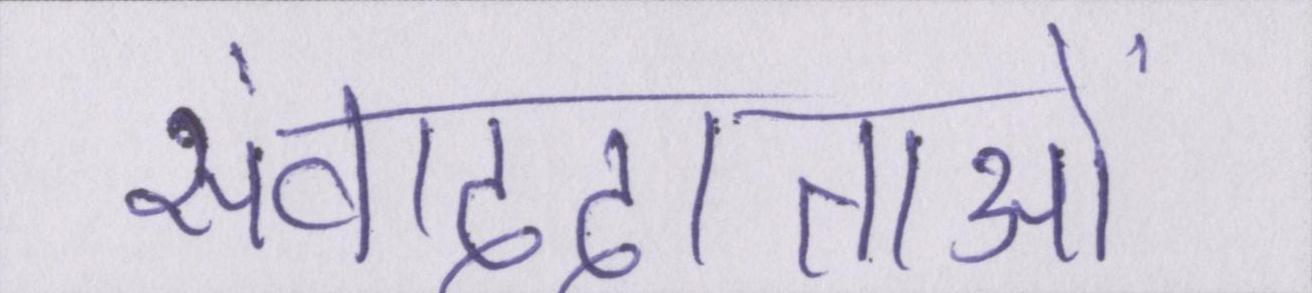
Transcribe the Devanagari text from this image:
संवाददाताओं